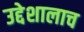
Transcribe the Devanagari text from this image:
उद्देशालाच